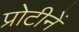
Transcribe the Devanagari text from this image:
प्रोटीनें